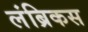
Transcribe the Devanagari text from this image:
लंब्रिकस